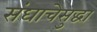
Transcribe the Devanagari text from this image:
संघाचेसुद्धा